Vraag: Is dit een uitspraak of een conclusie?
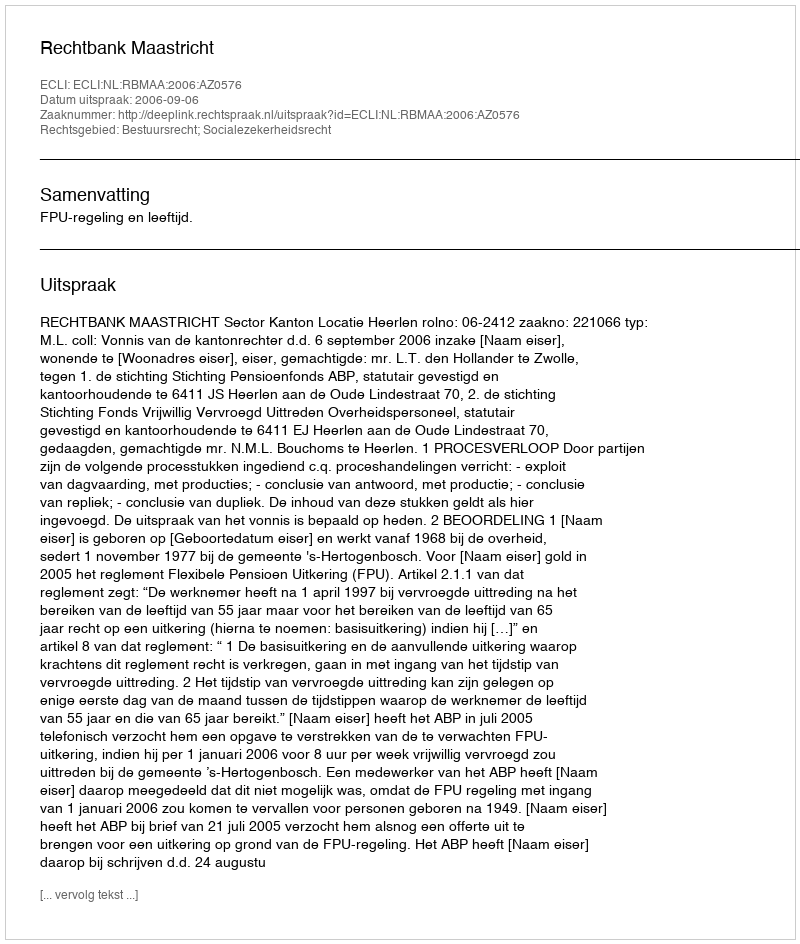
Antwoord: Uitspraak